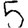
Digit: 5